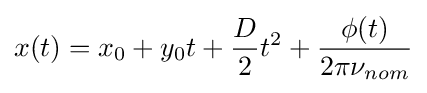
x(t)=x_{0}+y_{0}t+{\frac {D}{2}}t^{2}+{\frac {\phi (t)}{2\pi \nu _{nom}}}